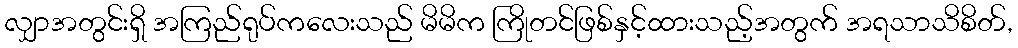
လျှာအတွင်းရှိ အကြည်ရုပ်ကလေးသည် မိမိက ကြိုတင်ဖြစ်နှင့်ထားသည့်အတွက် အရသာသိစိတ်,